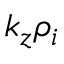
k _ { z } \rho _ { i }